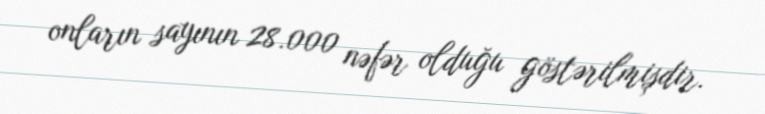
onların sayının 28.000 nəfər olduğu göstərilmişdir.